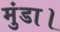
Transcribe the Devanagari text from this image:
मुंडा।